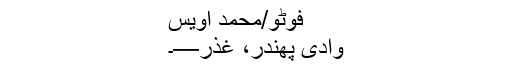
فوٹو/محمد اویس
وادی پھندر، غذر—۔